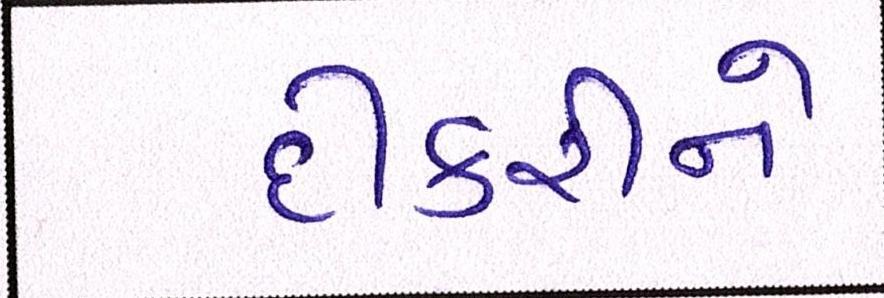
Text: દીકરીને